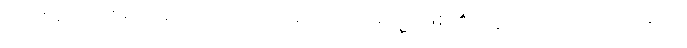
ကင်းသောဒုစရိုက်ငြောင့်သစ်ငှက်ရှိသည်။ အသ္မိ၊ ဖြစ်၏။ ဣတိ၊ ဤသို့။ ဘာသိတံ၊